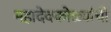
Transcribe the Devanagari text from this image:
महादेवकोळ्यांची